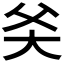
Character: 𬋻